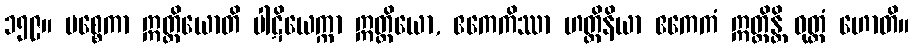
၁၅၉။ ပစ္စေကာ ဣတ္ထိယောတိ ပါဋိယေက္ကာ ဣတ္ထိယော, ဧကေကိဿာ ဟတ္ထိနိယာ ဧကေကံ ဣတ္ထိန္တိ ဝုတ္တံ ဟောတိ။